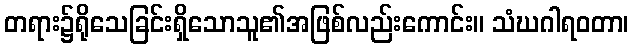
တရား၌ရိုသေခြင်းရှိသောသူ၏အဖြစ်လည်းကောင်း။ သံဃဂါရဝတာ၊